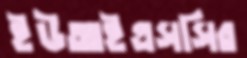
ইউআইএসসির